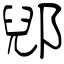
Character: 郳